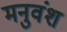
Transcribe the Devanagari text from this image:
मनुवंश